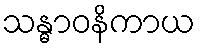
သန္ဓာဝနိကာယ